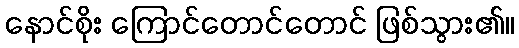
နောင်စိုး ကြောင်တောင်တောင် ဖြစ်သွား၏။